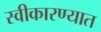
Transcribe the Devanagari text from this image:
स्‍वीकारण्‍यात